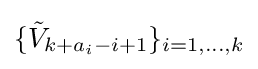
\{{\tilde {V}}_{k+a_{i}-i+1}\}_{i=1,\dots ,k}